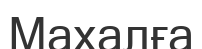
Махалға